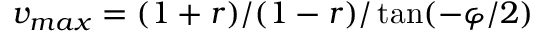
v _ { m a x } = ( 1 + r ) / ( 1 - r ) / \tan ( - \varphi / 2 )